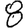
Digit: 8